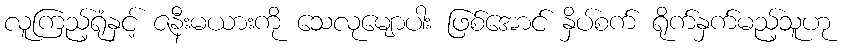
လူကြည့်ရုံနှင့် ဇနီးမယားကို သေလုမျောပါး ဖြစ်အောင် နှိပ်စက် ရိုက်နှက်မည့်သူဟု